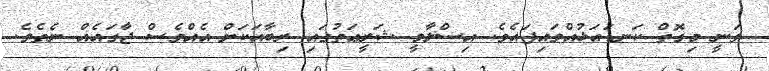
ވަނީ މިގޮތް ކަނޑައަޅުއްވައިފައެވެ. އިސްލާމީ ޝަރީޢަތުގައި ރިބާއަކަށް އެއްވެސް ޖާގައެއް ނެތެވެ.